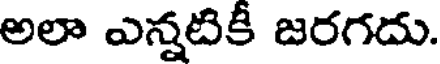
అలా ఎన్నటికీ జరగదు.